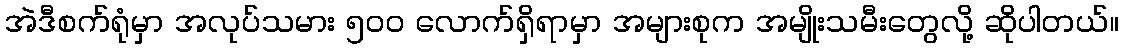
အဲဒီစက်ရုံမှာ အလုပ်သမား ၅၀၀ လောက်ရှိရာမှာ အများစုက အမျိုးသမီးတွေလို့ ဆိုပါတယ်။